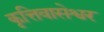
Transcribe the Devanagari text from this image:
कृत्तिवासेश्वर